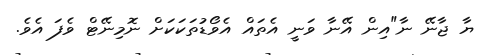
ޔާ ޖާނޭ ނާ"އިން އޭނާ ވަނީ އެތައް އެވޯޑުތަކަކަށް ނޮމިނޭޓް ވެފަ އެވެ.